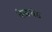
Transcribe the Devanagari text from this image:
वेळवंड